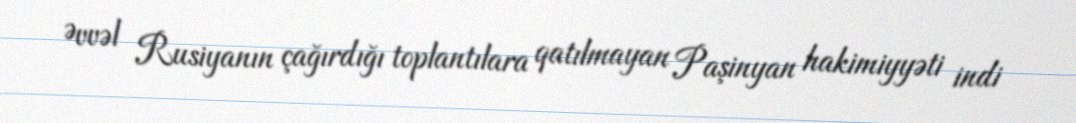
Əvvəl Rusiyanın çağırdığı toplantılara qatılmayan Paşinyan hakimiyyəti indi